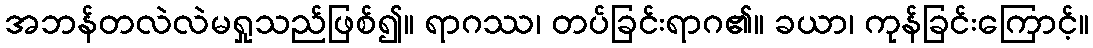
အဘန်တလဲလဲမရှုသည်ဖြစ်၍။ ရာဂဿ၊ တပ်ခြင်းရာဂ၏။ ခယာ၊ ကုန်ခြင်းကြောင့်။